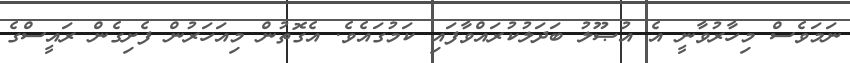
ނަމަވެސް މިހާރުވާނީ އެ އުޞޫލު ބަދަލުކުރައްވާފައި ކަމުގައެވެ. އެގޮތުން މިއަހަރުން ފެށިގެން ރައީސްގެ